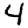
Digit: 4